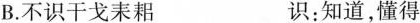
B.不识干戈耒耜 识：知道，懂得